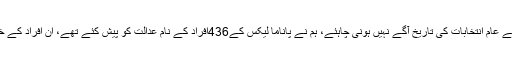
سینیٹر سراج الحق نے کہا کہ ایک فرد کیخلاف فیصلے سے عام انتخابات کی تاریخ آگے نہیں ہونی چاہئے، ہم نے پاناما لیکس کے436افراد کے نام عدالت کو پیش کئے تھے، ان افراد کے خلاف عدالتی کارروائی چیونٹی کی رفتار سے بھی کم ہے۔